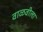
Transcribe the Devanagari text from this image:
वाळवीला